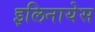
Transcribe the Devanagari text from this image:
इलिनायेस